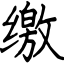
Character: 缴